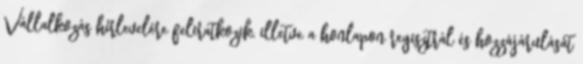
Vállalkozás hírlevelére feliratkozik, illetve a honlapon regisztrál és hozzájárulását